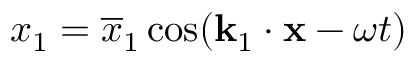
x _ { 1 } = \overline { { x } } _ { 1 } \cos ( \mathbf { k } _ { 1 } \cdot \mathbf { x } - \omega t )